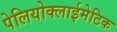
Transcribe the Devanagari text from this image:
पेलियोक्लाईमेटिक